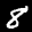
Label: 8